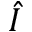
\hat { I }